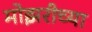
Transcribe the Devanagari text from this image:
मोझरीच्या